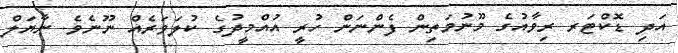
އަދި ޑޮކްޓަރ ރިވާއުގެ މޫނުމަތިން ފެންނަން ހުރީ އުއްމީދުގެ ކުލަވަރެއް ނޫނެވެ. ނާޔަލް